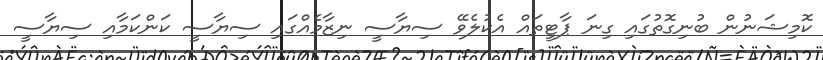
ކޮމިޝަނުން ބުނިގޮތުގައި ގިނަ ޕާޓީތައް އެކުލެވޭ ސިޔާސީ ނިޒާމެއްގައި ސިޔާސީ ކަންކަމާއި ސިޔާސީ